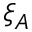
\xi _ { A }